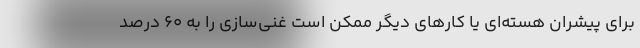
برای پیشران هسته‌ای یا کارهای دیگر ممکن است غنی‌سازی را به ۶۰ درصد